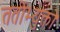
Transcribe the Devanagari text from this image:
ततोभ्युक्तो